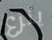
ينزع